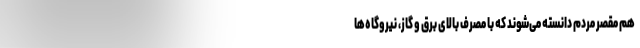
هم مقصر مردم دانسته می‌شوند که با مصرف بالای برق و گاز، نیروگاه‌ها